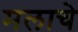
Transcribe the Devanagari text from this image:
मलाचे